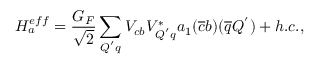
{ \cal H } _ { a } ^ { e f f } = \frac { G _ { F } } { \sqrt { 2 } } \sum _ { Q ^ { ' } q } V _ { c b } V _ { Q ^ { ' } q } ^ { * } a _ { 1 } ( \overline { { { c } } } b ) ( \overline { { { q } } } Q ^ { ' } ) + h . c . ,